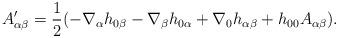
LaTeX: \begin{align*} A'_{\alpha\beta} = \frac{1}{2} (-\nabla_\alpha h_{0\beta} - \nabla_\beta h_{0\alpha} + \nabla_0 h_{\alpha\beta} + h_{00}A_{\alpha\beta}).\end{align*}